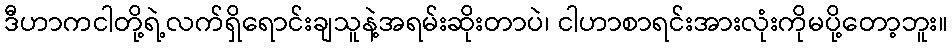
ဒီဟာကငါတို့ရဲ့လက်ရှိရောင်းချသူနဲ့အရမ်းဆိုးတာပဲ၊ ငါဟာစာရင်းအားလုံးကိုမပို့တော့ဘူး။